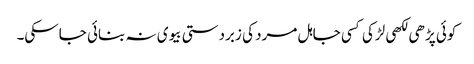
کوئی پڑھی لکھی لڑکی کسی جاہل مرد کی زبردستی بیوی نہ بنائی جاسکی۔